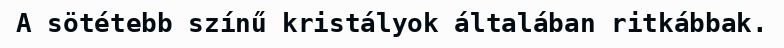
A sötétebb színű kristályok általában ritkábbak.